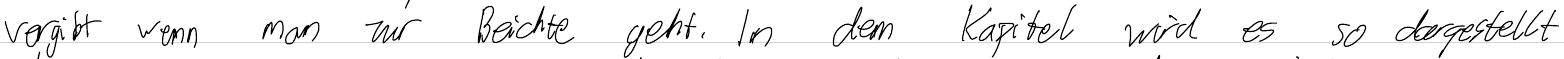
vergibt wenn man zur Beichte geht. In dem Kapitel wird es so dargestellt